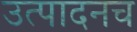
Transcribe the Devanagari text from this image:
उत्पादनच